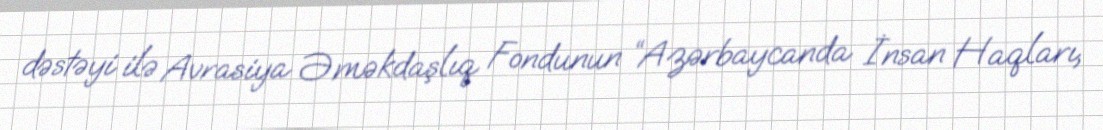
dəstəyi ilə Avrasiya Əməkdaşlıq Fondunun “Azərbaycanda İnsan Haqları,